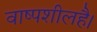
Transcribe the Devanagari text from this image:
वाष्पशीलहै।